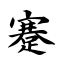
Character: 蹇